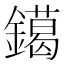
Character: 𨭛